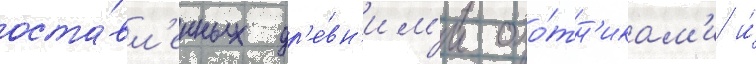
оста́вл'енных др'е́вн'им'и охо́тн'икам'и и́